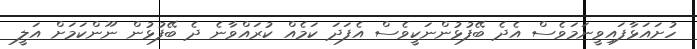
ހުށައަޅާފައިވީނަމަވެސް އެދެ ބޭފުޅުންނަކީވެސް އެފަދަ ކަމެއް ކުރައްވާނެ ދެ ބޭފުޅުން ނޫންކަމަށް އަލީ